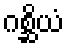
ဂစ္ဆိယံ